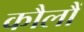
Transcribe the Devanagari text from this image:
कौलौं